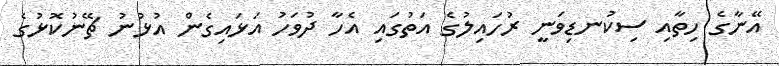
އޭނާގެ ހިތާއި ސިކުނޑިވަނީ ރުހައިލުގެ އަތުގައި އެހާ ދުވަހު އަޅައިގެން އުޅުނު ޗޭނުކޮޅުގެ